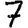
Digit: 7